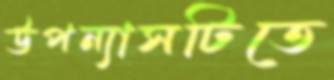
উপন্যাসটিতে